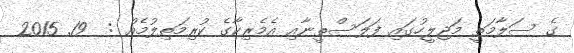
ގެ ސަލާމަތީ މަޖިލީހުގައި ފަލަސްތީނާއި އެމެރިކާގެ ކުރިމަތިލުމެއް :  19